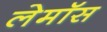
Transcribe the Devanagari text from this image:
लेमॉस